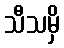
သီသမှိ